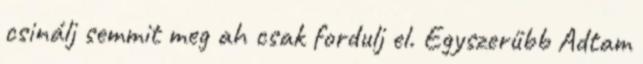
csinálj semmit meg ah csak fordulj el. Egyszerűbb Adtam